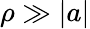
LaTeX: \rho\gg|a|